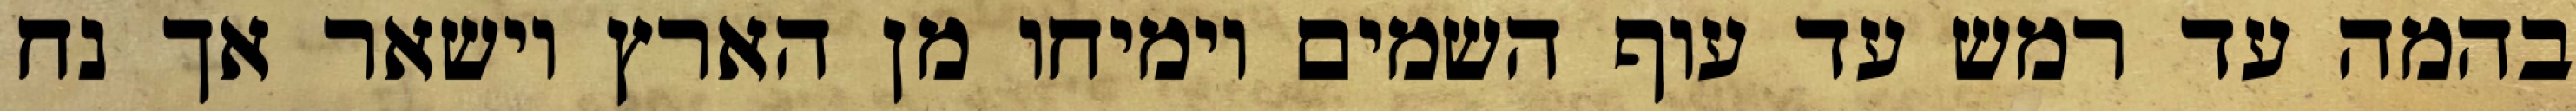
בהמה עד רמש עד עוף השמים וימיחו מן הארץ וישאר אך נח